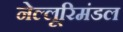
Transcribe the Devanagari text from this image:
नेल्लूरिमंडल